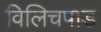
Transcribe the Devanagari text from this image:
विलिचपाड